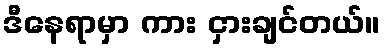
ဒီနေရာမှာ ကား ငှားချင်တယ်။